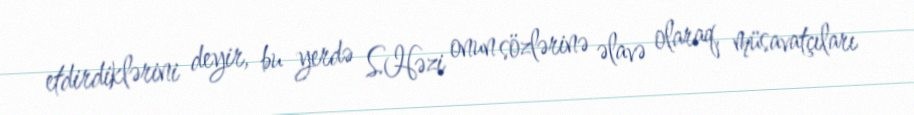
etdirdiklərini deyir, bu yerdə S.Həzi onun sözlərinə əlavə olaraq, müsavatçıları